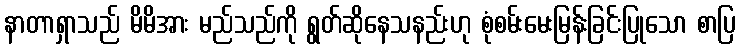
နာတာရှာသည် မိမိအား မည်သည်ကို ရွတ်ဆိုနေသနည်းဟု စုံစမ်းမေးမြန်းခြင်းပြုသော စာပြ